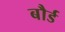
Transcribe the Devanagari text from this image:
बौर्ड